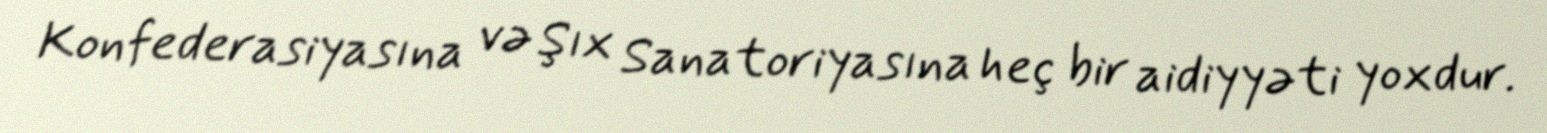
Konfederasiyasına və Şıx Sanatoriyasına heç bir aidiyyəti yoxdur.